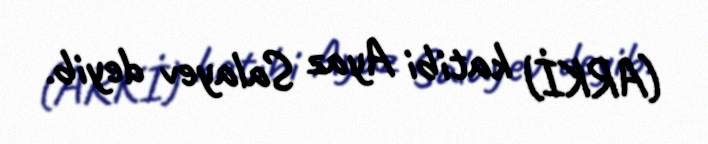
(ARKİ) katibi Ayaz Salayev deyib.